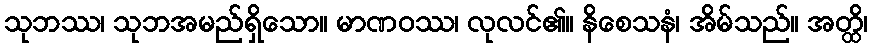
သုဘဿ၊ သုဘအမည်ရှိသော။ မာဏဝဿ၊ လုလင်၏။ နိစေသနံ၊ အိမ်သည်။ အတ္ထိ၊